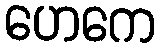
ဟေကေ